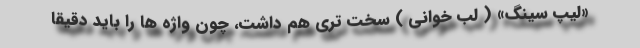
«ليپ سينگ» ( لب خوانی ) سخت ترى هم داشت، چون واژه ها را بايد دقيقاً